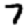
Digit: 7